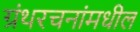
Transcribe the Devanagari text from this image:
ग्रंथरचनांमधील